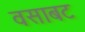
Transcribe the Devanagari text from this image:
वसाबट